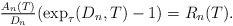
\begin{align*} \tfrac{A_{n}(T)}{D_{n}} (\exp_{\tau}(D_{n}, T) - 1) = R_{n}(T). \end{align*}